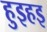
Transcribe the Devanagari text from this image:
हुइहइ